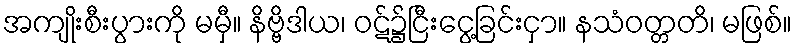
အကျိုးစီးပွားကို မမှီ။ နိဗ္ဗိဒါယ၊ ဝဋ်၌ငြီးငွေ့ခြင်းငှာ။ နသံဝတ္တတိ၊ မဖြစ်။